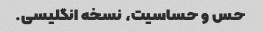
حس و حساسیت، نسخه انگلیسی.